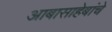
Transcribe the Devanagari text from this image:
आबासाहेबांचे